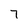
Character: 7